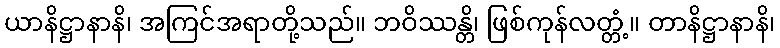
ယာနိဋ္ဌာနာနိ၊ အကြင်အရာတို့သည်။ ဘဝိဿန္တိ၊ ဖြစ်ကုန်လတ္တံ့။ တာနိဋ္ဌာနာနိ၊